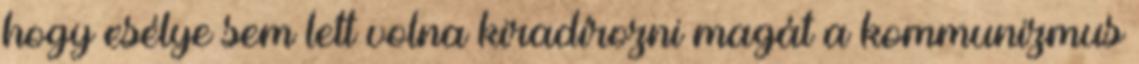
hogy esélye sem lett volna kiradírozni magát a kommunizmus